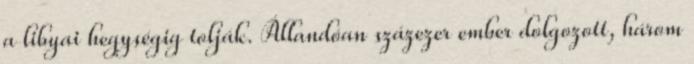
a libyai hegységig tolják. Állandóan százezer ember dolgozott, három